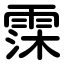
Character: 霂